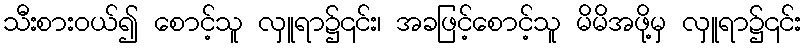
သီးစားဝယ်၍ စောင့်သူ လှူရာ၌၎င်း၊ အခဖြင့်စောင့်သူ မိမိအဖို့မှ လှူရာ၌၎င်း